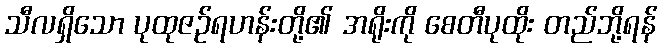
သီလရှိသော ပုထုဇဉ်ရဟန်းတို့၏ အရိုးကို စေတီပုထိုး တည်ဘို့ရန်